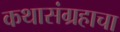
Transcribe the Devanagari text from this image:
कथासंग्रहाचा